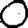
Digit: 0